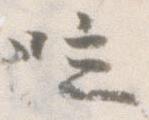
泣